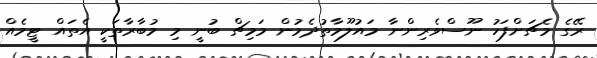
ރޭގެ މެޗަށްފަހު ނޫސްވެރިންނާ މައުލޫމާތުދެމުން މަމިޗް ބުނީ މި މުބާރާތަކީ އެތައް ޓީމެއް